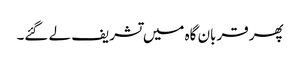
پھر قربان گاہ میں تشریف لے گئے۔